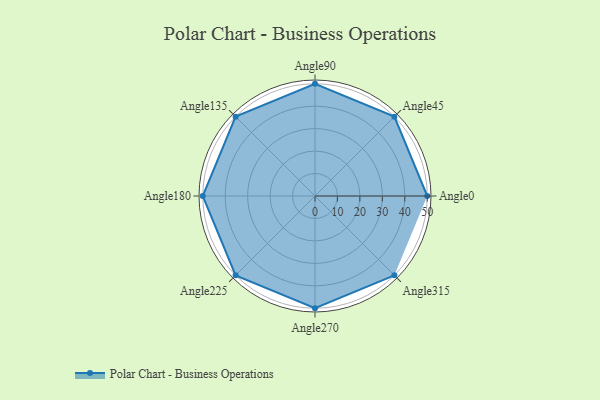
{"axis": {"x": "Angle", "y": "Radius"}, "legend": [""], "data": [{"x": "Angle0", "y": 50, "type": ""}, {"x": "Angle45", "y": 50, "type": ""}, {"x": "Angle90", "y": 50, "type": ""}, {"x": "Angle135", "y": 50, "type": ""}, {"x": "Angle180", "y": 50, "type": ""}, {"x": "Angle225", "y": 50, "type": ""}, {"x": "Angle270", "y": 50, "type": ""}, {"x": "Angle315", "y": 50, "type": ""}]}